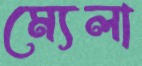
ম্যেলা